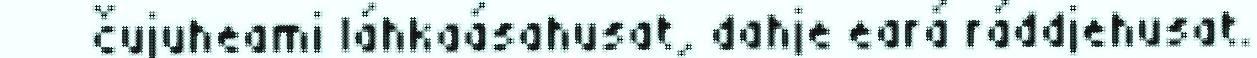
čujuheami láhkaásahusat, dahje eará ráddjehusat.